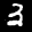
Label: 3